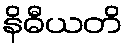
နိဓီယတိ